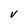
Character: V